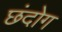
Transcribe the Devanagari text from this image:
छंदोग